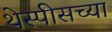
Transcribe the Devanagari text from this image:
थेस्पीसच्या